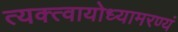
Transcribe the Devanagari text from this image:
त्यक्त्वायोध्यामरण्यं